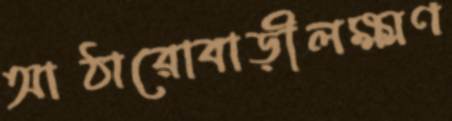
আঠারোবাড়ীলক্ষ্মণ